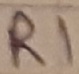
Text: R1